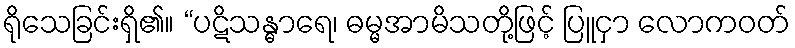
ရိုသေခြင်းရှိ၏။ “ပဋိသန္ဓာရေ၊ ဓမ္မအာမိသတို့ဖြင့် ပြူငှာ လောကဝတ်